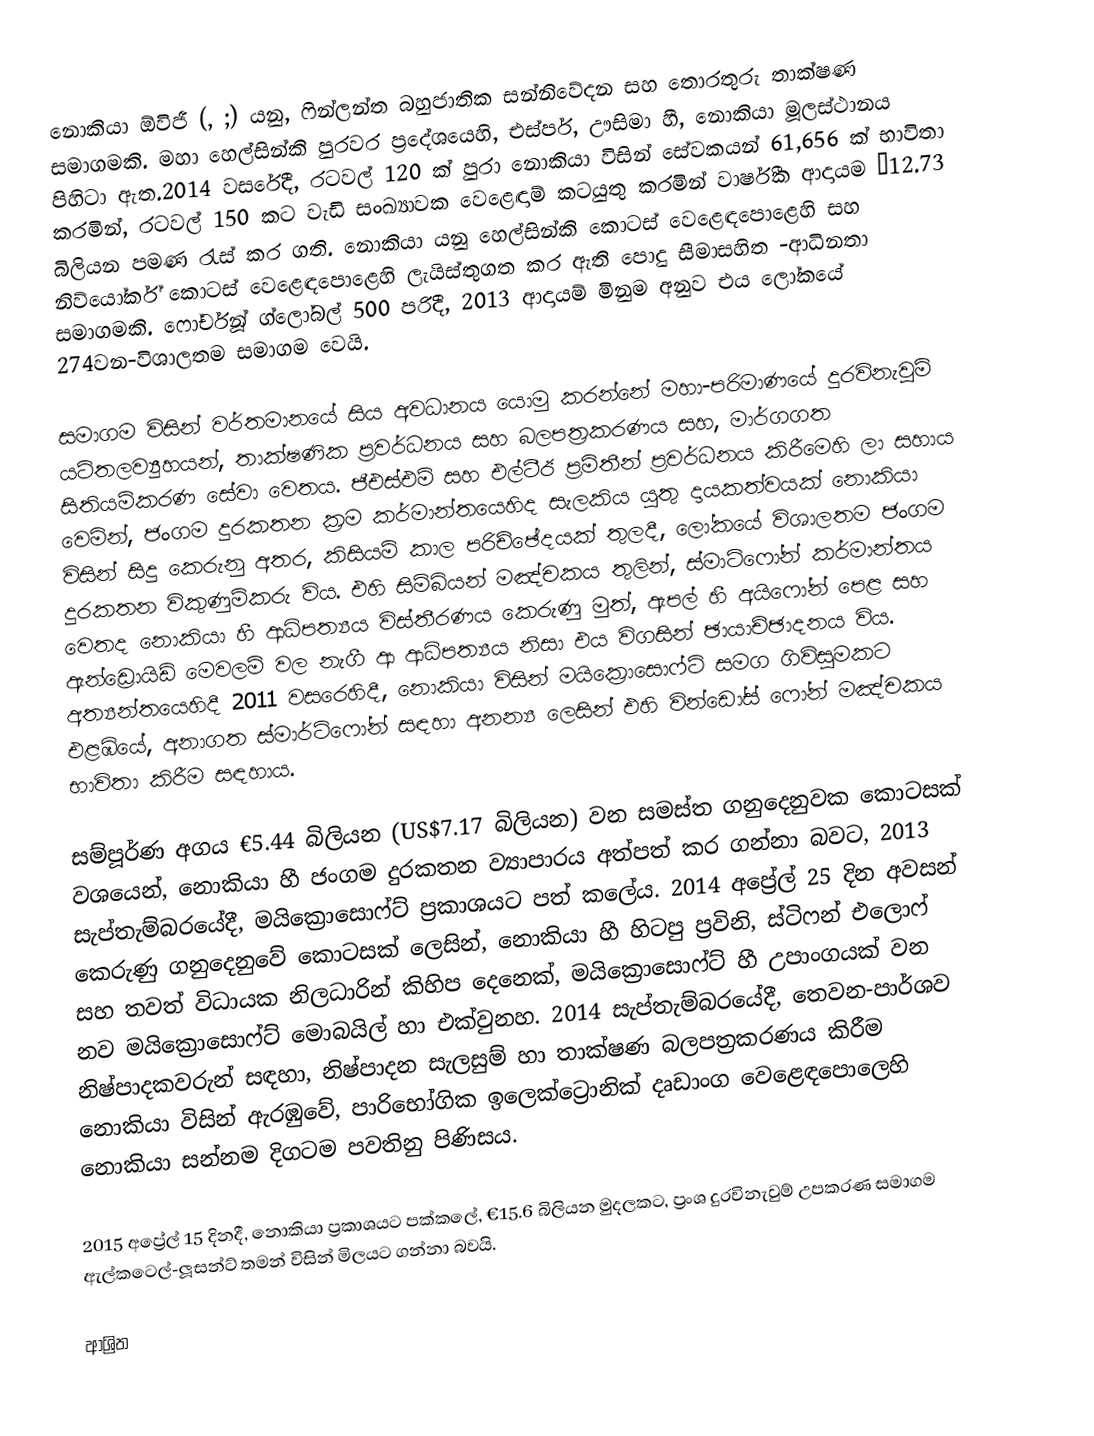
නොකියා ඕවිජී (, ;) යනු,  ෆින්ලන්ත බහුජාතික සන්නිවේදන සහ තොරතුරු තාක්ෂණ සමාගමකි. මහා හෙල්සින්කි පුරවර ප්‍රදේශයෙහි, එස්පර්, ඌසිමා හී, නොකියා මූලස්ථානය පිහිටා ඇත.2014 වසරේදී, රටවල් 120 ක් පුරා නොකියා විසින් සේවකයන්  61,656 ක් භාවිතා කරමින්, රටවල් 150 කට වැඩි සංඛ්‍යාවක වෙළෙඳාම් කටයුතු කරමින් වාර්ෂීක ආදායම  €12.73 බිලියන පමණ රැස් කර ගති. නොකියා යනු හෙල්සින්කි කොටස් වෙළෙඳපොළෙහි සහ නිව්යෝර්ක් කොටස් වෙළෙඳපොළෙහි ලැයිස්තුගත කර ඇති පොදු සීමාසහිත -ආධිනතා සමාගමකි. ෆෝර්චූන් ග්ලෝබල් 500 පරිදී, 2013 ආදායම් මිනුම අනුව එය ලෝකයේ 274වන-විශාලතම සමාගම වෙයි.

සමාගම විසින් වර්තමානයේ සිය අවධානය යොමු කරන්නේ මහා-පරිමාණයේ දුරවිනැවුම් යටිතලව්‍යුහයන්, තාක්ෂණික ප්‍රවර්ධනය සහ බලපත්‍රකරණය සහ, මාර්ගගත සිතියම්කරණ සේවා වෙතය. ජීඑස්එම් සහ එල්ටීඊ ප්‍රමිතීන් ප්‍රවර්ධනය කිරීමෙහි ලා සහාය වෙමින්, ජංගම දුරකතන ක්‍රම කර්මාන්තයෙහිද සැලකිය යුතු දායකත්වයක් නොකියා විසින් සිදු කෙරුනු අතර, කිසියම් කාල පරිච්ඡේදයක් තුලදී, ලෝකයේ විශාලතම ජංගම දුරකතන විකුණුම්කරු විය. එහි සිම්බියන් මඤ්චකය තුලින්, ස්මාට්ෆෝන් කර්මාන්තය වෙතද නොකියා හී ආධිපත්‍යය විස්තීරණය කෙරුණු මුත්,  ඇපල් හී  අයිෆෝන් පෙළ සහ ඇන්ඩ්‍රොයිඩ් මෙවලම් වල නැගී ආ ආධිපත්‍යය නිසා එය විගසින් ඡායාච්ඡාදනය විය. අත්‍යන්තයෙහිදී 2011 වසරෙහිදී,  නොකියා විසින්  මයික්‍රොසොෆ්ට් සමග ගිවිසුමකට එළඹියේ,  අනාගත ස්මාර්ට්ෆෝන් සඳහා අනන්‍ය ලෙසින් එහි වින්ඩෝස් ෆෝන් මඤ්චකය භාවිතා කිරීම සඳහාය.

සම්පූර්ණ අගය €5.44 බිලියන (US$7.17 බිලියන) වන සමස්ත ගනුදෙනුවක කොටසක් වශයෙන්, නොකියා හී ජංගම දුරකතන ව්‍යාපාරය අත්පත් කර ගන්නා බවට,  2013 සැප්තැම්බරයේදී, මයික්‍රොසොෆ්ට් ප්‍රකාශයට පත් කලේය. 2014 අප්‍රේල් 25 දින අවසන් කෙරුණු ගනුදෙනුවේ කොටසක් ලෙසින්, නොකියා හී හිටපු ප්‍රවිනි, ස්ටිෆන් එලොෆ් සහ තවත් විධායක නිලධාරින් කිහිප දෙනෙක්, මයික්‍රොසොෆ්ට් හී උපාංගයක් වන නව මයික්‍රොසොෆ්ට් මොබයිල් හා එක්වුනහ. 2014 සැප්තැම්බරයේදී, තෙවන-පාර්ශව  නිෂ්පාදකවරුන් සඳහා,  නිෂ්පාදන සැලසුම් හා තාක්ෂණ බලපත්‍රකරණය කිරීම නොකියා විසින් ඇරඹුවේ, පාරිභෝගික ඉලෙක්ට්‍රොනික් දෘඩාංග වෙළෙඳපොලෙහි නොකියා සන්නම දිගටම පවතිනු පිණිසය.

2015 අප්‍රේල් 15 දිනදී, නොකියා ප්‍රකාශයට පක්කලේ,  €15.6 බිලියන මුදලකට, ප්‍රංශ දුරවිනැවුම් උපකරණ සමාගම ඇල්කටෙල්-ලූසන්ට් තමන් විසින් මිලයට ගන්නා බවයි.

ආශ්‍රිත